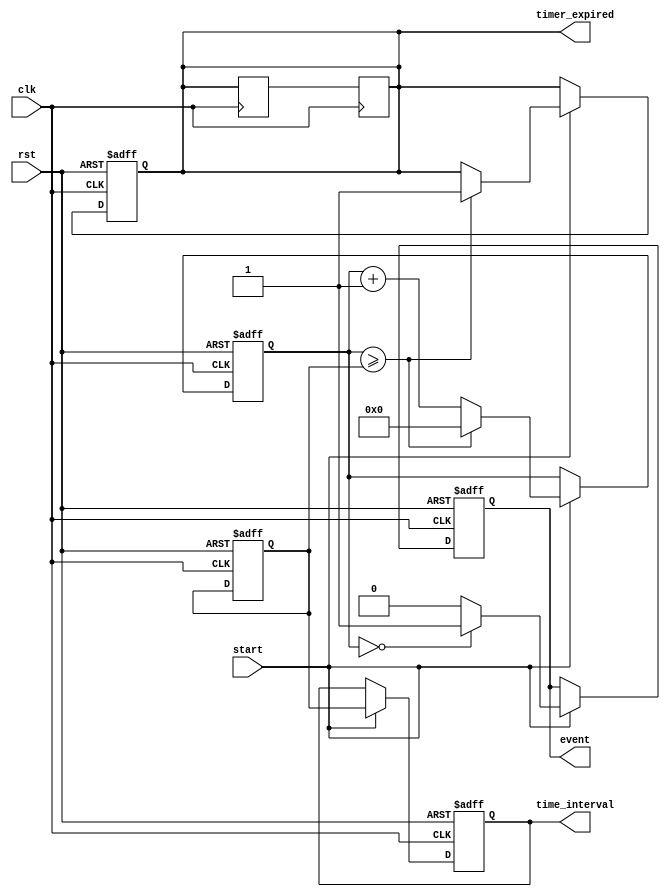
module rtc_timer (
    input wire clk,
    input wire rst,
    input wire start,
    output reg timer_expired,
    output reg event,
    output reg [31:0] time_interval
);

reg [31:0] counter;
reg [31:0] reference_time;
reg [31:0] time_remaining;
reg sync_reg;

always @(posedge clk or posedge rst) begin
    if (rst) begin
        counter <= 32'h0;
        reference_time <= 32'h0;
        time_remaining <= 32'h0;
        timer_expired <= 1'b0;
        event <= 1'b0;
        time_interval <= 32'h0;
    end else begin
        if (start) begin
            counter <= counter + 32'h1;
            if (counter >= reference_time) begin
                timer_expired <= 1'b1;
                counter <= 32'h0;
            end
            if (counter == 32'h0) begin
                event <= 1'b1;
            end else begin
                event <= 1'b0;
            end
            time_interval <= reference_time;
            time_remaining <= reference_time - counter;
        end
    end
end

always @(posedge clk) begin
    sync_reg <= timer_expired;
    timer_expired <= sync_reg;
end

endmodule